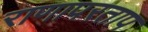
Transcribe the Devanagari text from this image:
राणापरताप